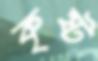
কৃষ্ট